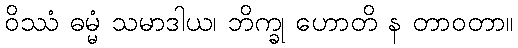
ဝိဿံ ဓမ္မံ သမာဒါယ၊ ဘိက္ခု ဟောတိ န တာဝတာ။